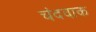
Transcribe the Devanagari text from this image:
चंदवाक